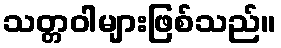
သတ္တဝါများဖြစ်သည်။